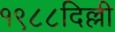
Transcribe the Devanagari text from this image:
१९८८दिल्ली